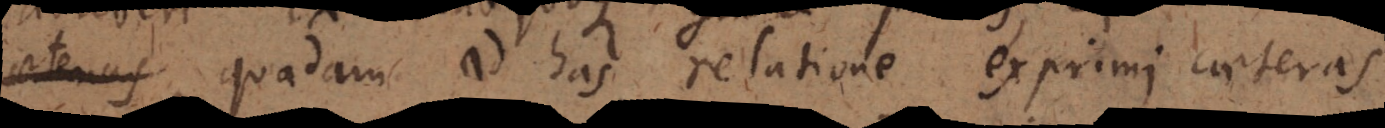
quadam ad has relatione exprimi caeteras